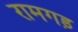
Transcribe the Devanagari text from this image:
रामगड़